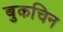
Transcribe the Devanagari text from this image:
बुकचिन